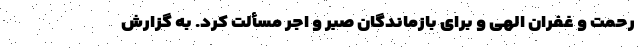
رحمت و غفران الهی و برای بازماندگان صبر و اجر مسألت کرد. به گزارش